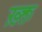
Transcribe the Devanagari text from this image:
ख़्क्त